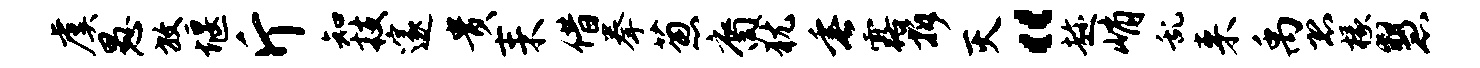
虞愚放堰斤知技邃贵耒借拳葱裔犹垂露拆灭“趁峭乱来禹恐椽慧